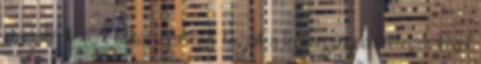
vezetőként. A titkos szervezet tagjait a legszegényebb rétegek közül